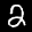
Label: 2